Report of the Indian Hemp Drugs Commission, 1894-1895 - Volume VIII
Year: 1894
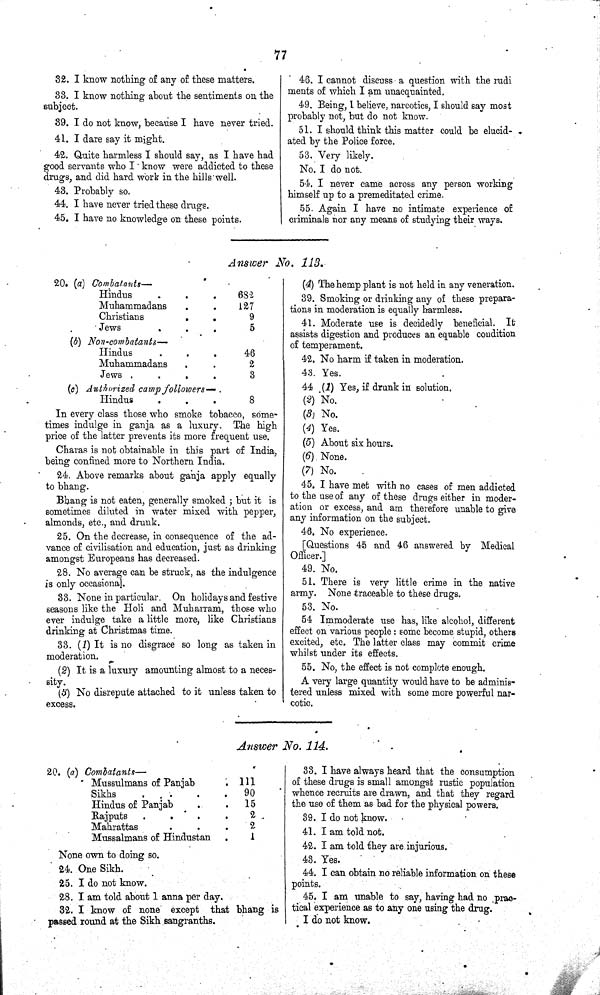
77
32. I know nothing of any of these matters.
33. I know nothing about the sentiments on the
subject.
39. I do not know, because I have never tried.
41. I dare say it might.
42. Quite harmless. I should say, as I have had
good servants who I know were addicted to these
drugs, and did hard work in the hills well.
43. Probably so.
44. I have never tried these drugs.
45. I have no knowledge on these points.
46. I cannot discuss a question with the rudi
ments of which I am unacquainted.
49. Being, I believe, narcotics, I should say most
probably not, but do not know.
51. I should think this matter could be elucid-
ated by the Police force.
53. Very likely.
No. I do not.
54. I never came across any person working
himself up to a premeditated crime.
55. Again I have no intimate experience of
criminals nor any means of studying their ways.
Answer No. 113.
20. (a) Combatants—
Hindus
682
Muhammadans
127
Christians
9
Jews
5
(b) Non-combatants—
Hindus
46
Muhammadans
2
Jews
3
(c) Authorized camp followers—
Hindus
8
In every class those who smoke tobacco, some-
times indulge in ganja as a luxury. The high
price of the latter prevents its more frequent use.
Charas is not obtainable in this part of India,
being confined more to Northern India.
24. Above remarks about ganja apply equally
to bhang.
Bhang is not eaten, generally smoked; but it is
sometimes diluted in water mixed with pepper,
almonds, etc., and drunk.
25. On the decrease, in consequence of the ad-
vance of civilisation and education, just as drinking
amongst Europeans has decreased.
28. No average can be struck, as the indulgence
is only occasional.
33. None in particular. On holidays and festive
seasons like the Holi and Muharram, those who
ever indulge take a little more, like Christians
drinking at Christmas time.
33. (1) It is no disgrace so long as taken in
moderation.
(2) It is a luxury amounting almost to a neces-
sity.
(3) No disrepute attached to it unless taken to
excess.
(4) The hemp plant is not held in any veneration.
39. Smoking or drinking any of these prepara-
tions in moderation is equally harmless.
41. Moderate use is decidedly beneficial. It
assists digestion and produces an equable condition
of temperament.
42. No harm if taken in moderation.
43. Yes.
44. (1) Yes, if drunk in solution.
(2) No.
(3) No.
(4) Yes.
(5) About six hours.
(6) None.
(7) No.
45. I have met with no cases of men addicted
to the use of any of these drugs either in moder-
ation or excess, and am therefore unable to give
any information on the subject.
46. No experience.
[Questions 45 and 46 answered by Medical
Officer.]
49. No.
51. There is very little crime in the native
army. None traceable to these drugs.
53. No.
54. Immoderate use has, like alcohol, different
effect on various people: some become stupid, others
excited, etc. The latter class may commit crime
whilst under its effects.
55. No, the effect is not complete enough.
A very large quantity would have to be adminis-
tered unless mixed with some more powerful nar-
cotic.
Answer No. 114.
20. (a) Combatants—
Mussulmans of Panjab
111
Sikhs
90
Hindus of Panjab
15
Rajputs
2
Mahrattas
2
Mussalmans of Hindustan
1
None own to doing so.
24. One Sikh.
25. I do not know.
28. I am told about 1 anna per day.
32. I know of none except that bhang is
passed round at the Sikh sangranths.
33. I have always heard that the consumption
of these drugs is small amongst rustic population
whence recruits are drawn, and that they regard
the use of them as bad for the physical powers.
39. I do not know.
41. I am told not.
42. I am told they are injurious.
43. Yes.
44. I can obtain no reliable information on these
points.
45. I am unable to say, having had no prac-
tical experience as to any one using the drug.
I do not know.